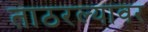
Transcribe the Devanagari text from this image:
ताठरल्यावर